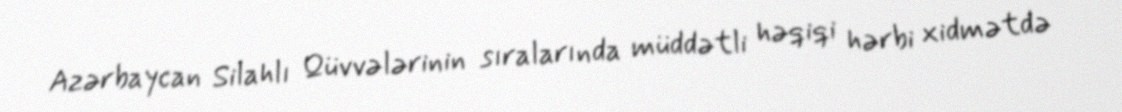
Azərbaycan Silahlı Qüvvələrinin sıralarında müddətli həqiqi hərbi xidmətdə